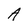
Character: A